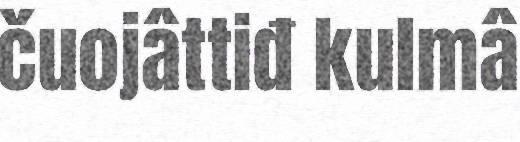
čuojâttiđ kulmâ